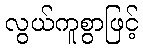
လွယ်ကူစွာဖြင့်